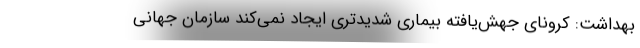
بهداشت: کرونای جهش‌یافته بیماری شدیدتری ایجاد نمی‌کند سازمان جهانی